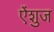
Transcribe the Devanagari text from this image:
ऐंशुज